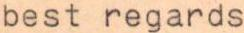
best regards